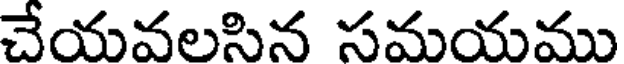
చేయవలసిన సమయము